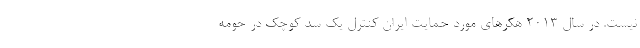
نیست. در سال ۲۰۱۳ هکرهای مورد حمایت ایران کنترل یک سد کوچک در حومه